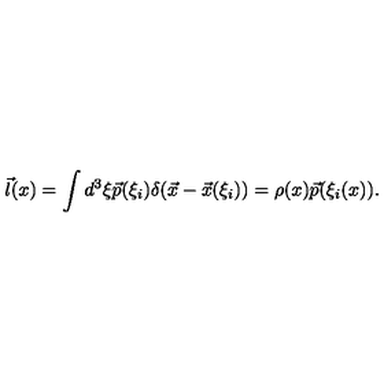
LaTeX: \vec { l } ( x ) = \int d ^ { 3 } \xi \vec { p } ( \xi _ { i } ) \delta ( \vec { x } - \vec { x } ( \xi _ { i } ) ) = \rho ( x ) \vec { p } ( \xi _ { i } ( x ) ) .